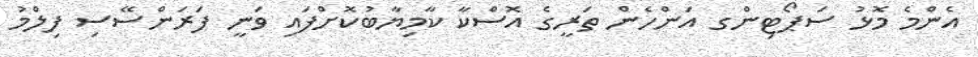
އެންމެ މޮޅު ސަޕޯޓިންގ އަންހެން ތަރީގެ އޮސްކާ ކާމިޔާބުކޮށްފައި ވަނީ ފަރަންސޭސި ފިލްމު